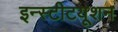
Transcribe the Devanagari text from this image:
इन्स्टीटयूशन